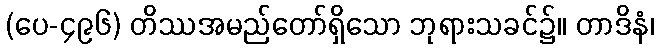
(ပေ-၄၉၆) တိဿအမည်တော်ရှိသော ဘုရားသခင်၌။ တာဒိနံ၊